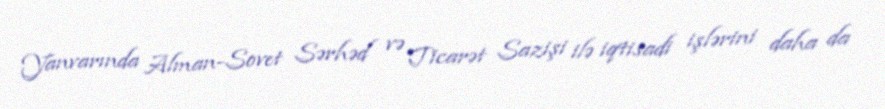
Yanvarında Alman-Sovet Sərhəd və Ticarət Sazişi ilə iqtisadi işlərini daha da